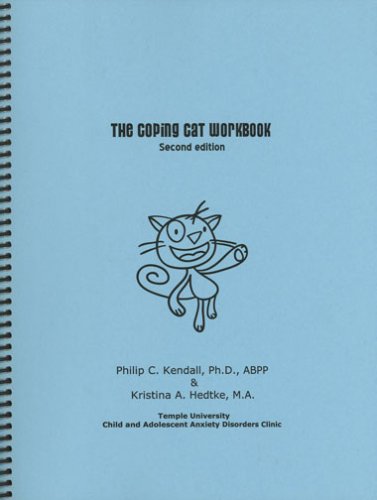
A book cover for Coping Cat Workbook, Second Edition (Child Therapy Workbooks Series); Philip C. Kendall; Test Preparation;